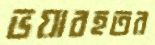
ভয়াবহতর